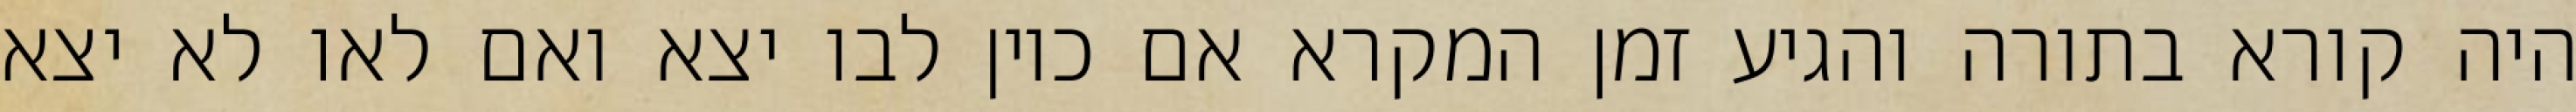
היה קורא בתורה והגיע זמן המקרא אם כיון לבו יצא ואם לאו לא יצא